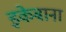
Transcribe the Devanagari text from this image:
इकेबाना